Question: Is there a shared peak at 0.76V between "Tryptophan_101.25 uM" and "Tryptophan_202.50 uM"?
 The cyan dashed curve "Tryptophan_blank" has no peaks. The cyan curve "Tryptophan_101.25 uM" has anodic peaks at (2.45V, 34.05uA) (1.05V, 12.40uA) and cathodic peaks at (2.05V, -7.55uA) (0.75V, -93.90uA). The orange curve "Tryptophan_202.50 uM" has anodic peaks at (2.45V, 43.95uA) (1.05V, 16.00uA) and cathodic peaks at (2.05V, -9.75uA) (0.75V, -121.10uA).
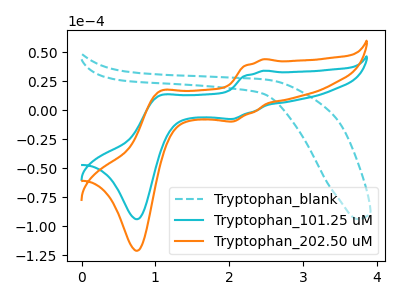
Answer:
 <answer>Yes, "Tryptophan_101.25 uM" and "Tryptophan_202.50 uM" share a peak at 0.76V.</answer>
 <eval>match</eval>